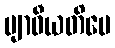
ဗျာဓီယတိပေ